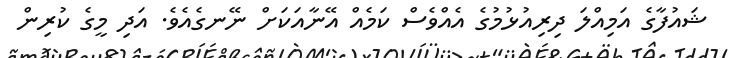
ޝައުފާގެ އަމިއްލަ ދިރިއުޅުމުގެ އެއްވެސް ކަމެއް އޭނާއަކަށް ނޭނގެއެވެ. އަދި މީގެ ކުރިން